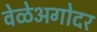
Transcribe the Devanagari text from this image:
वेळेअगोदर